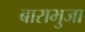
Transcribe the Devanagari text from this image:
बाराभुजा